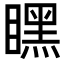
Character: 䁫